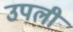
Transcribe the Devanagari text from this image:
उपली